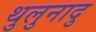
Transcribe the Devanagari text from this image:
थुलुनादु